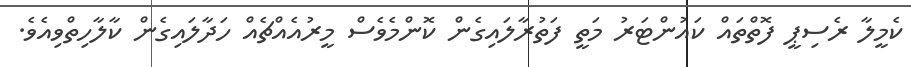
ކެމީލާ ރެސިޕީ ފޮތްތައް ކައުންޓަރު މަތީ ފަތުރާލައިގެން ކޮންމެވެސް މީރުއެއްޗެއް ހަދާލައިގެން ކާލާހިތްވިއެވެ.